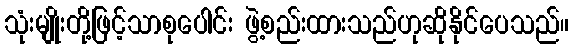
သုံးမျိုးတို့ဖြင့်သာစုပေါင်း ဖွဲ့စည်းထားသည်ဟုဆိုနိုင်ပေသည်။